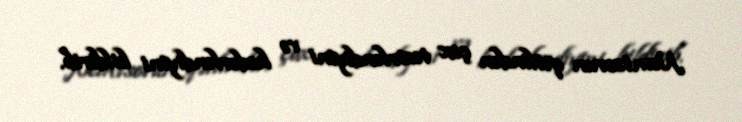
Nemtsovun qətlindən çox təsirləndiyini və kədərləndiyini bildirib.